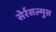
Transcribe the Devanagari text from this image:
सेर्रसल्मुस